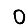
Digit: 0